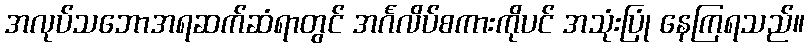
အလုပ်သဘောအရဆက်ဆံရာတွင် အင်္ဂလိပ်စကားကိုပင် အသုံးပြုံ နေကြရသည်။